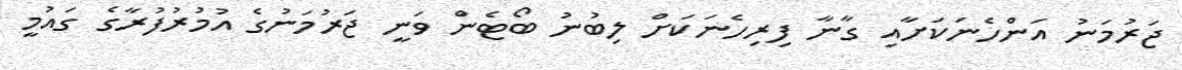
ޖަރުމަނު އަންހެނަކަށާއި ގާނާ ފިރިހެނަކަށް ލިބުނު ބޯޓެން ވަނީ ޖަރުމަނުގެ އުމުރުފުރާގެ ގައުމީ